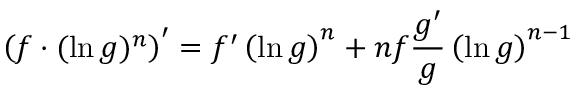
\left( f \cdot ( \ln g ) ^ { n } \right) ^ { \prime } = f ^ { \prime } \left( \ln g \right) ^ { n } + n f { \frac { g ^ { \prime } } { g } } \left( \ln g \right) ^ { n - 1 }